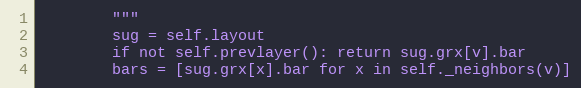
Language: Python
        """
        sug = self.layout
        if not self.prevlayer(): return sug.grx[v].bar
        bars = [sug.grx[x].bar for x in self._neighbors(v)]